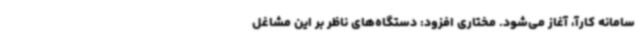
سامانه کارآ، آغاز می‌شود. مختاری افزود: دستگاه‌های ناظر بر این مشاغل